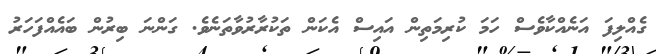
ގެއްލިފަ އަނެއްކާވެސް ހަމަ ކުރިމަތިން އައިސް އެކަން ތަކުރާރުވާތަނެވެ. ގަންނަ ބިރުން ބައެއްފަހަރު